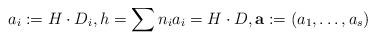
LaTeX: \begin{align*}a_i:=H \cdot D_i, h=\sum n_i a_i = H \cdot D,\mathbf a:=(a_1, \dots, a_s)\end{align*}